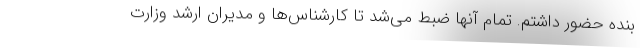
بنده حضور داشتم. تمام آنها ضبط می‌شد تا کارشناس‌ها و مدیران ارشد وزارت